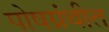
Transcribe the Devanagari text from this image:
पोषग्रंथीत